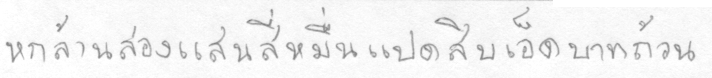
หกล้านสองแสนสี่หมื่นแปดสิบเอ็ดบาทถ้วน